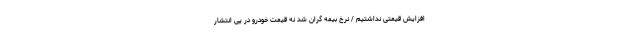
افزایش قیمتی نداشتیم / نرخ بیمه گران شد نه قیمت خودرو در پی انتشار